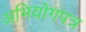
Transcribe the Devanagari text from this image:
अभियोगपत्र